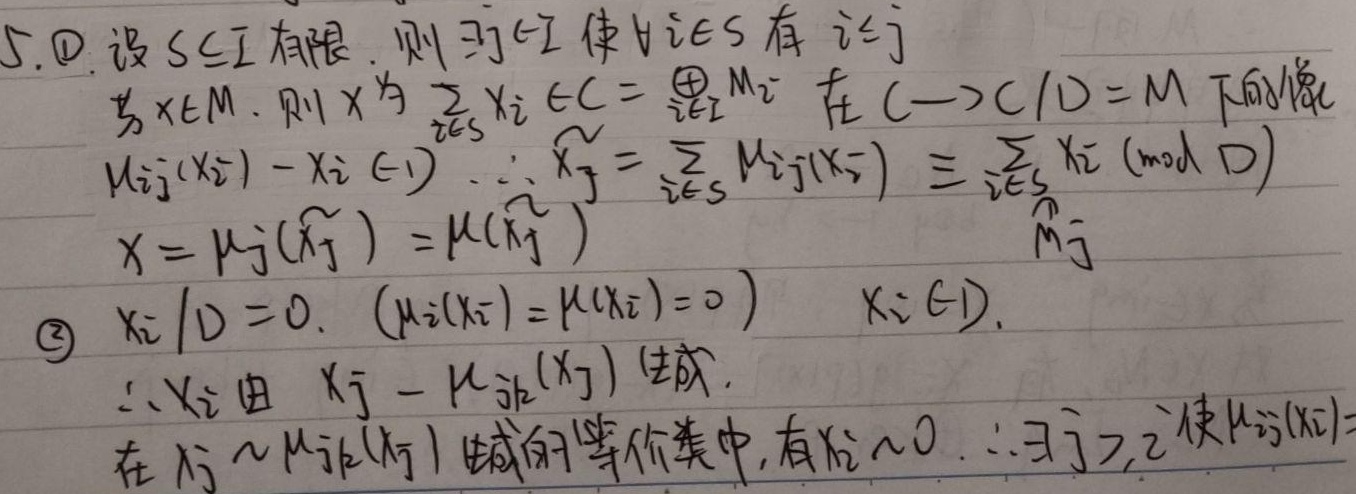
5. \textcircled{1} 设 \(S\subseteq I\) 有限. 则 \(\exists j\in I\) 使 \(\forall i\in S\) 有 \(i\leq j\)
若 \(x\in M\). 则 \(x\) 为 \(\sum_{i\in S} x_i \in C = \bigoplus_{i\in I} M_i\) 在 \(C\to C/D = M\) 下的像
\(\mu_{ij}(x_i) - x_i \in D\) \(\therefore \widetilde{x_j} = \sum_{i\in S} \mu_{ij}(x_i) \equiv \sum_{i\in S} x_i \pmod{D}\)
\(x = \mu_j(\widetilde{x_j})=\mu(\widetilde{x_j})\)  \(\overset{\widehat{M_j}}{}\)
\textcircled{2} \(x_i / D = 0\). \((\mu_i(x_i)=\mu(x_i)=0)\)  \(x_i\in D\).
\(\therefore x_i\) 由 \(x_j - \mu_{ji}(x_j)\) 生成.
在 \(x_j\sim\mu_{ji}(x_j)\) 生成的等价类中, 有 \(x\sim 0\). \(\therefore\exists j > i\) 使 \(\mu_{ij}(x_i)=\)